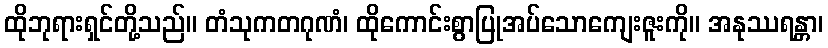
ထိုဘုရားရှင်တို့သည်။ တံသုကတဂုဏံ၊ ထိုကောင်းစွာပြုအပ်သောကျေးဇူးကို။ အနုဿရန္တာ၊